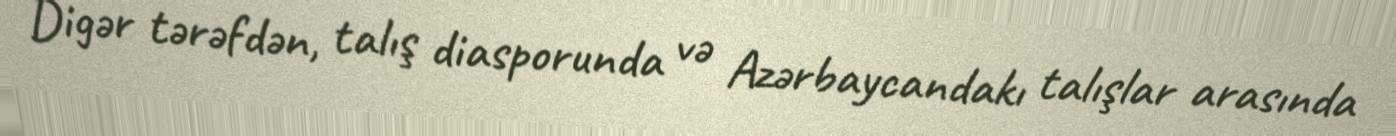
Digər tərəfdən, talış diasporunda və Azərbaycandakı talışlar arasında